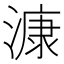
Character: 漮